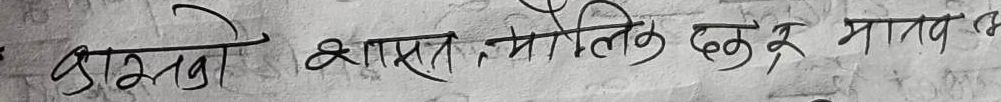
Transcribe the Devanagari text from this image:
ढाँचा शास्त्र, मौलिक छु र मानव